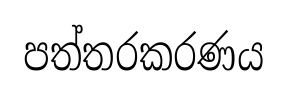
පත්තරකරණය